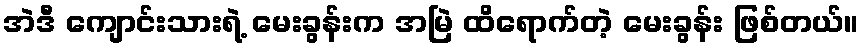
အဲဒီ ကျောင်းသားရဲ့ မေးခွန်းက အမြဲ ထိရောက်တဲ့ မေးခွန်း ဖြစ်တယ်။